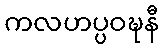
ကလဟပ္ပဝဍ္ဎနီ